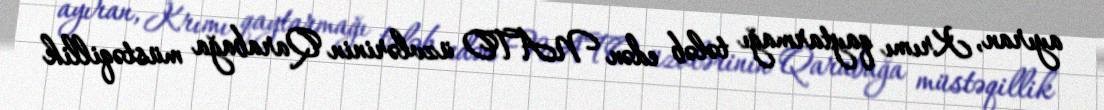
ayıran, Krımı qaytarmağı tələb edən NATO üzvlərinin Qarabağa müstəqillik